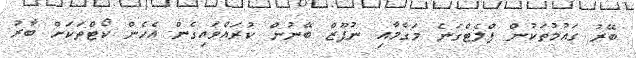
ބޭރު ގައުމުތަކުން ފްލެޓްގަނެ މަގާމާއި ނުފޫޒް ބޭނުން ކުރައްވައިގެން އެހެން ކޯޓްތަކަށް ބާރު